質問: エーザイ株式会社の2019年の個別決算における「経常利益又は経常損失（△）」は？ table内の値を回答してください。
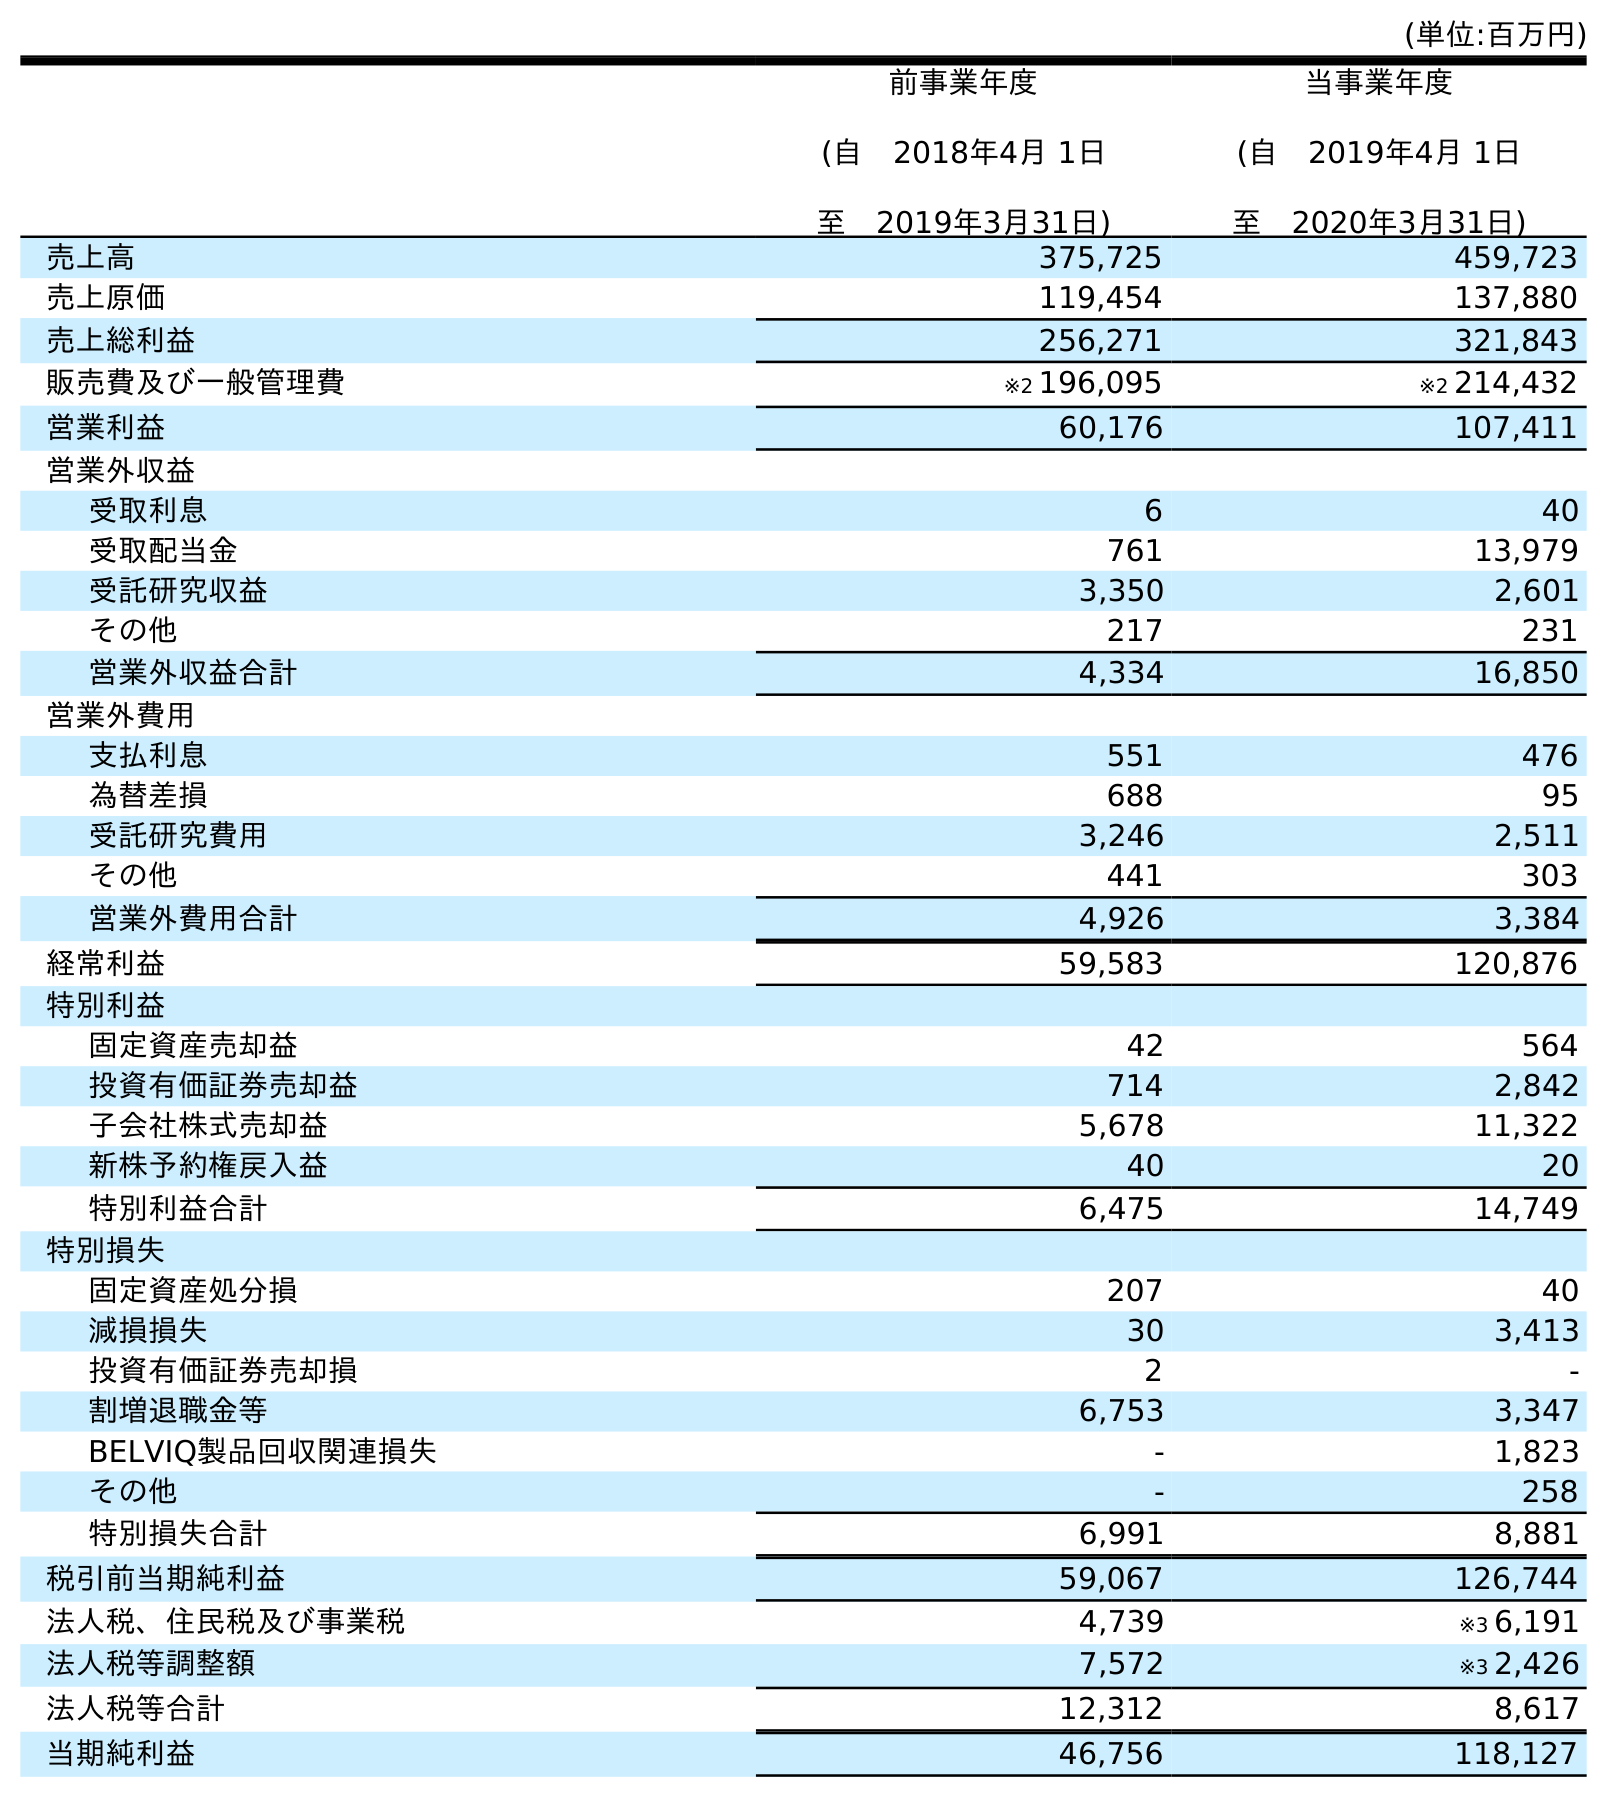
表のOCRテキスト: (単位:百万円) 前事業年度 (自 2018年4月 1日 至 2019年3月31日) 当事業年度 (自 2019年4月 1日 至 2020年3月31日) 売上高 375,725 459,723 売上原価 119,454 137,880 売上総利益 256,271 321,843 販売費及び一般管理費 ※2 196,095 ※2 214,432 営業利益 60,176 107,411 営業外収益 受取利息 6 40 受取配当金 761 13,979 受託研究収益 3,350 2,601 その他 217 231 営業外収益合計 4,334 16,850 営業外費用 支払利息 551 476 為替差損 688 95 受託研究費用 3,246 2,511 その他 441 303 営業外費用合計 4,926 3,384 経常利益 59,583 120,876 特別利益 固定資産売却益 42 564 投資有価証券売却益 714 2,842 子会社株式売却益 5,678 11,322 新株予約権戻入益 40 20 特別利益合計 6,475 14,749 特別損失 固定資産処分損 207 40 減損損失 30 3,413 投資有価証券売却損 2 - 割増退職金等 6,753 3,347 BELVIQ製品回収関連損失 - 1,823 その他 - 258 特別損失合計 6,991 8,881 税引前当期純利益 59,067 126,744 法人税、住民税及び事業税 4,739 ※3 6,191 法人税等調整額 7,572 ※3 2,426 法人税等合計 12,312 8,617 当期純利益 46,756 118,127
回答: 59,583